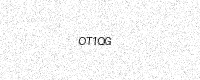
Text: OT1QG